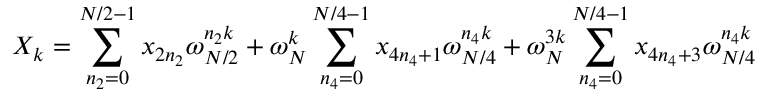
X _ { k } = \sum _ { n _ { 2 } = 0 } ^ { N / 2 - 1 } x _ { 2 n _ { 2 } } \omega _ { N / 2 } ^ { n _ { 2 } k } + \omega _ { N } ^ { k } \sum _ { n _ { 4 } = 0 } ^ { N / 4 - 1 } x _ { 4 n _ { 4 } + 1 } \omega _ { N / 4 } ^ { n _ { 4 } k } + \omega _ { N } ^ { 3 k } \sum _ { n _ { 4 } = 0 } ^ { N / 4 - 1 } x _ { 4 n _ { 4 } + 3 } \omega _ { N / 4 } ^ { n _ { 4 } k }